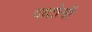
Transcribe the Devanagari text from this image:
दाटोनी